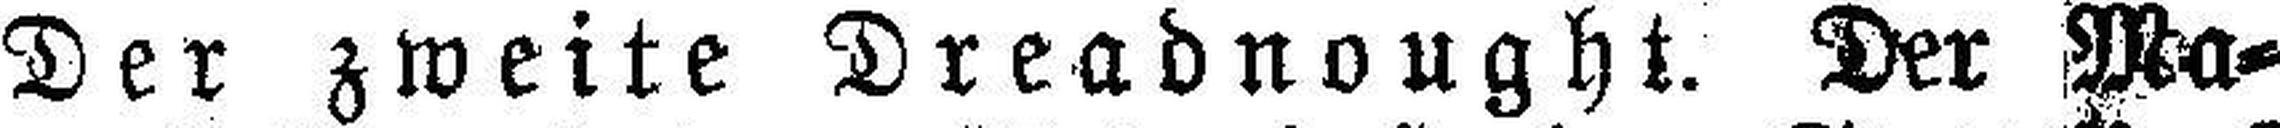
Der zweite Dreadnought. Der Ma¬